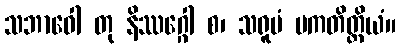
သဘာဝေါ တု နိဿဂ္ဂေါ စ၊ သရူပံ ပကတိတ္ထိယံ။